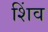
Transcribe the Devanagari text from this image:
शिंव